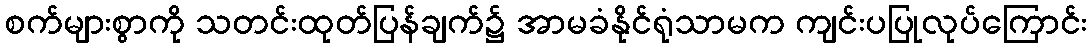
စက်များစွာကို သတင်းထုတ်ပြန်ချက်၌ အာမခံနိုင်ရုံသာမက ကျင်းပပြုလုပ်ကြောင်း